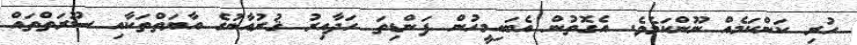
ހުރި ކަންކަމެއް ނޫންކަމެވެ. އެގޮތުން އެބައިމީހުން ފަންޑިތަ ހަދާއިރު ޤުރުއާނުގެ އާޔަތްތަކާއި ސޫރަތްތައް